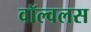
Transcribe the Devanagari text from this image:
वॉल्वलस